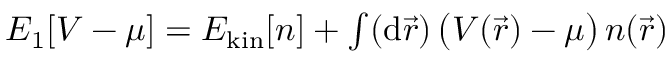
\begin{array} { r } { E _ { 1 } [ V - \mu ] = E _ { \mathrm { k i n } } [ n ] + \int ( \mathrm { d } \vec { r } ) \, \big ( V ( \vec { r } ) - \mu \big ) \, n ( \vec { r } ) } \end{array}